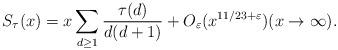
LaTeX: \begin{align*}S_{\tau}(x)= x\sum_{d\ge 1}\frac{\tau(d)}{d(d+1)} + O_{\varepsilon}(x^{11/23+\varepsilon})(x\to\infty).\end{align*}